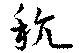
秔